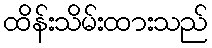
ထိန်းသိမ်းထားသည်